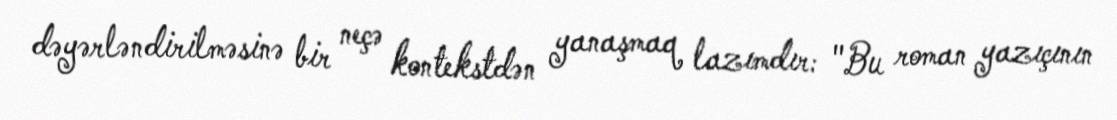
dəyərləndirilməsinə bir neçə kontekstdən yanaşmaq lazımdır: "Bu roman yazıçının